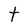
Character: t